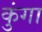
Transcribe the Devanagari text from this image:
कुंगा